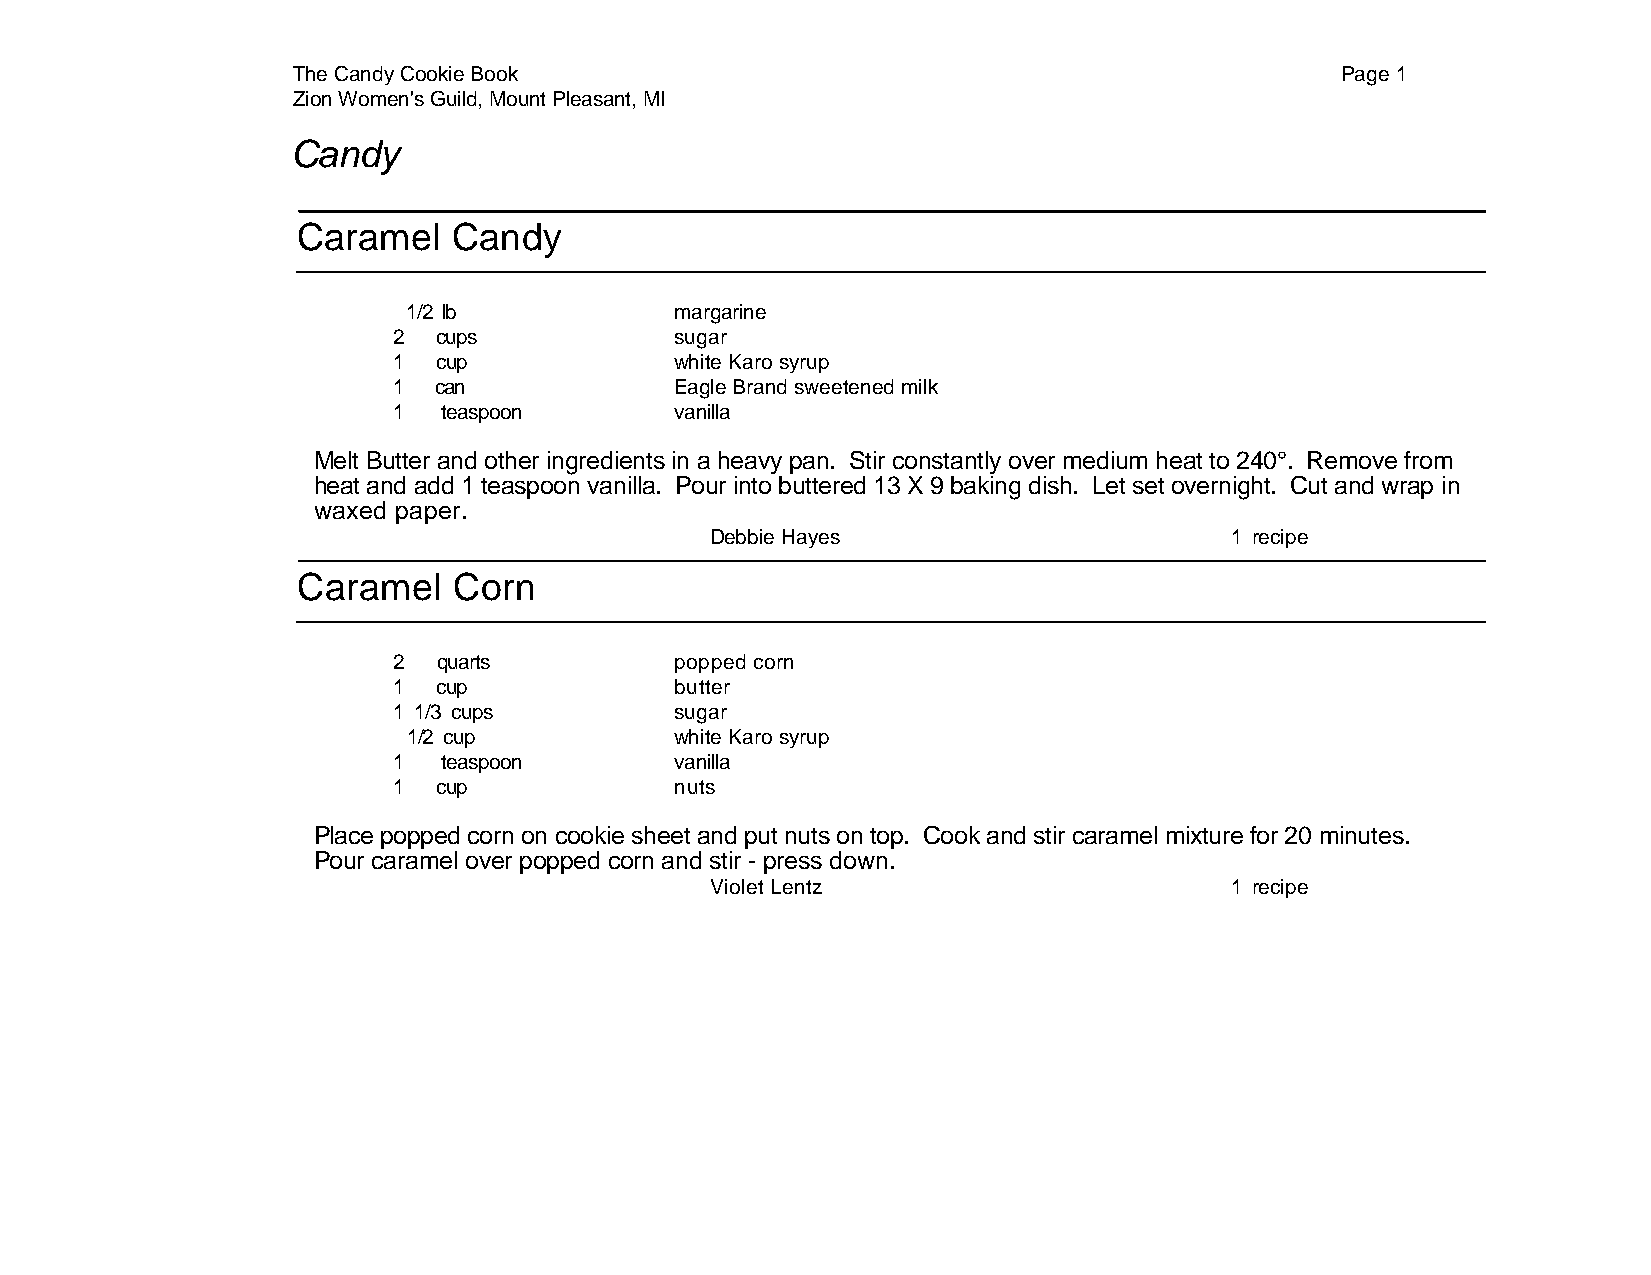
The Candy Cookie Book                                                 Page 1
 Zion Women's Guild, Mount Pleasant, MI
 Candy
 Caramel   Candy
 1/2 lb            margarine
 2  cups            sugar
 1  cup             white Karo syrup
 1  can             Eagle Brand sweetened milk
 1  teaspoon        vanilla
 Melt Butter and other ingredients in a heavy pan. Stir constantly over medium heat to 240°. Remove from
 heat and add 1 teaspoon vanilla. Pour into buttered 13 X 9 baking dish. Let set overnight. Cut and wrap in
 waxed paper.
 Debbie Hayes                      1 recipe
 Caramel   Corn
 2  quarts          popped corn
 1  cup             butter
 1 1/3 cups         sugar
 1/2 cup           white Karo syrup
 1  teaspoon        vanilla
 1  cup             nuts
 Place popped corn on cookie sheet and put nuts on top. Cook and stir caramel mixture for 20 minutes.
 Pour caramel over popped corn and stir - press down.
 Violet Lentz                      1 recipe